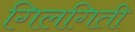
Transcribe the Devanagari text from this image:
गिलगिती